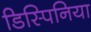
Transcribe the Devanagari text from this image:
डिस्पिनिया